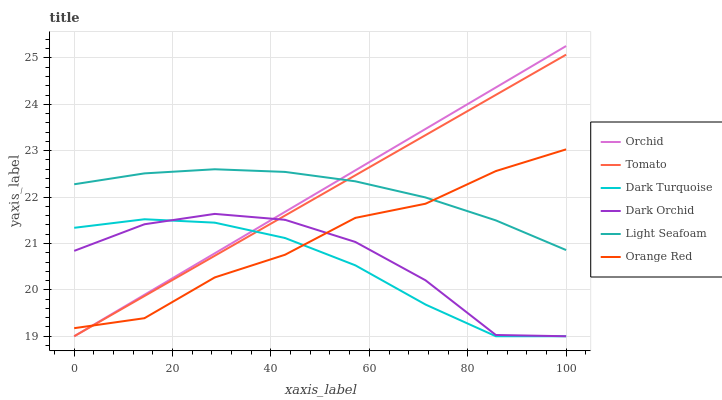
| xaxis_label | Orchid | Tomato | Dark Turquoise | Dark Orchid | Light Seafoam | Orange Red |
 | --- | --- | --- | --- | --- | --- | --- |
 | 0 | 19 | 19 | 21.3 | 20.8 | 22.3 | 19.2 |
 | 14.3 | 19.9 | 19.9 | 21.5 | 21.4 | 22.5 | 19.4 |
 | 28.6 | 20.8 | 20.7 | 21.4 | 21.6 | 22.6 | 20.3 |
 | 42.9 | 21.7 | 21.6 | 21.1 | 21.5 | 22.5 | 20.8 |
 | 57.1 | 22.6 | 22.5 | 20.5 | 21 | 22.3 | 21.6 |
 | 71.4 | 23.5 | 23.3 | 19.7 | 20.2 | 22 | 21.9 |
 | 85.7 | 24.4 | 24.2 | 19 | 19 | 21.5 | 22.6 |
 | 100 | 25.3 | 25.1 | 19 | 19 | 20.9 | 23 |